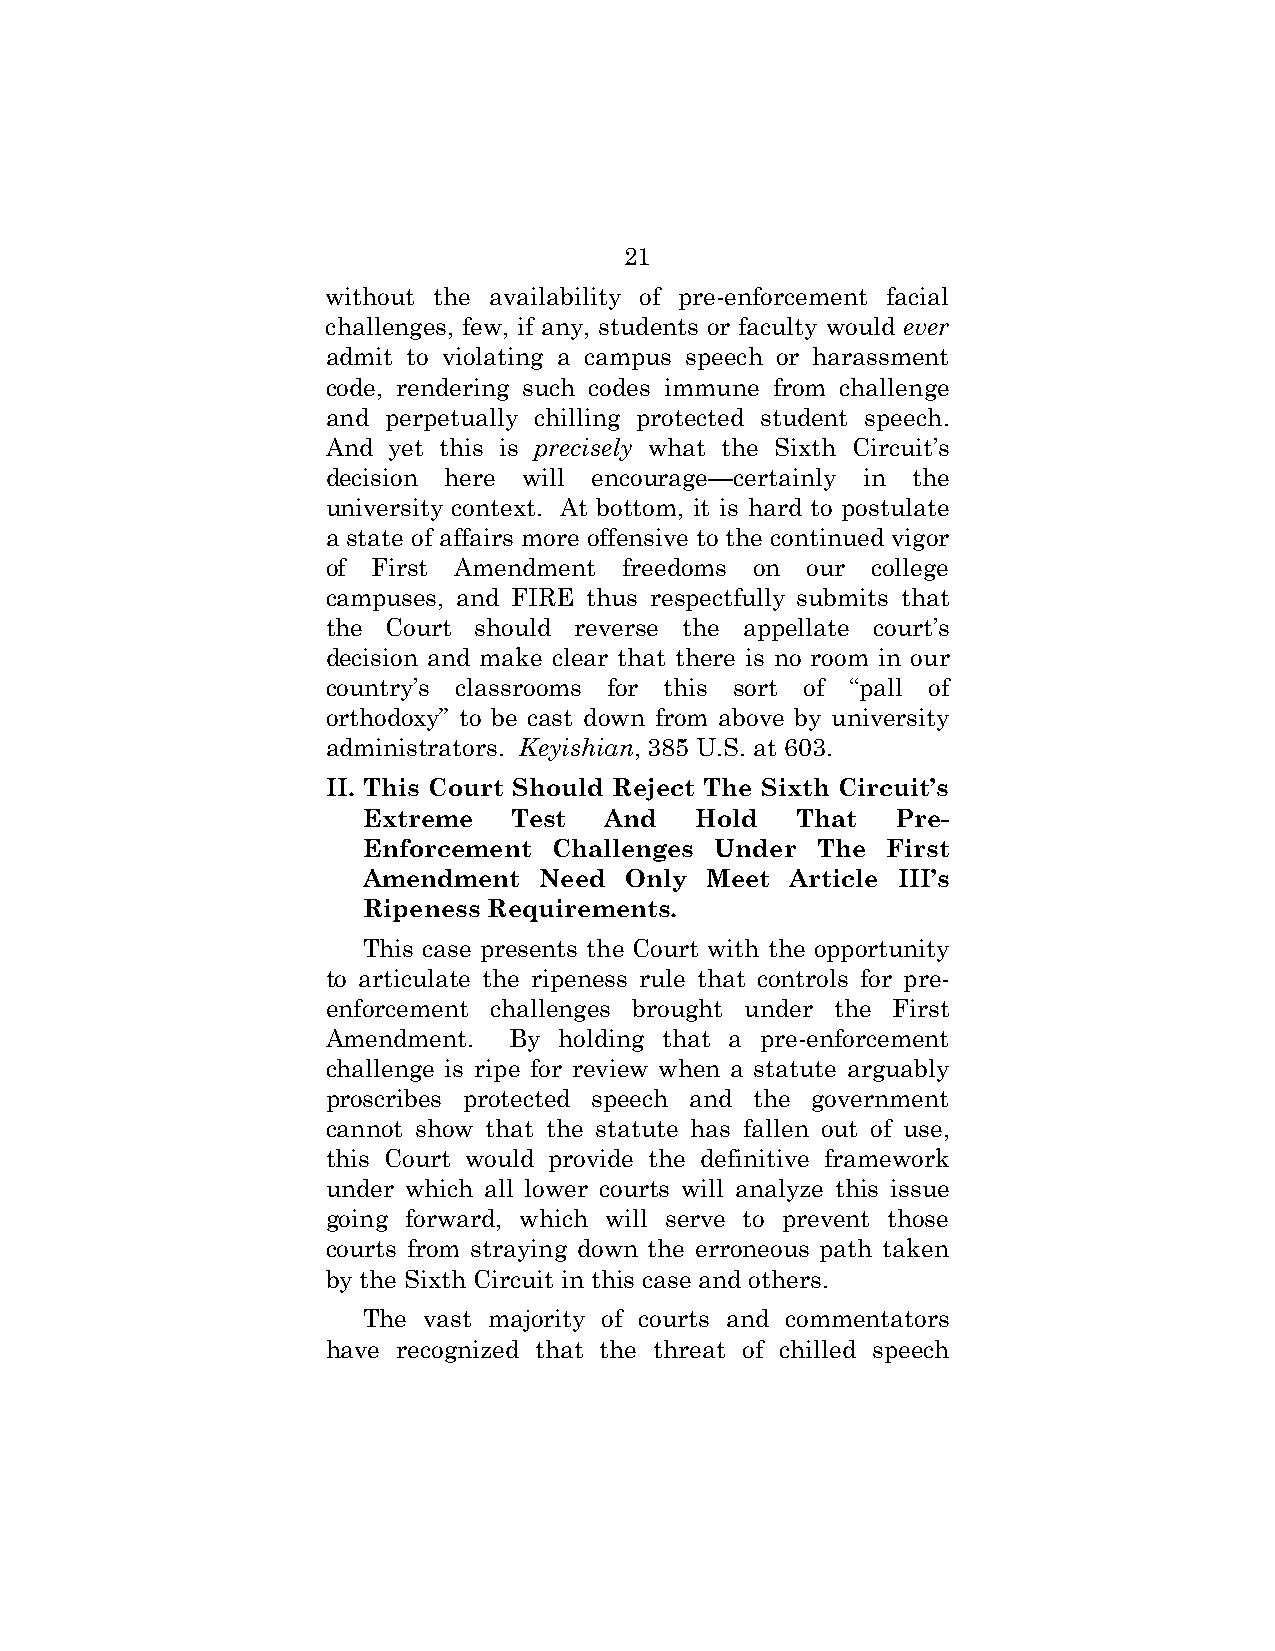
21
 without the availability of pre-enforcement facial
 challenges, few, if any, students or faculty would ever
 admit to violating a campus speech or harassment
 code, rendering such codes immune from challenge
 and perpetually chilling protected student speech.
 And yet this is precisely what the Sixth Circuit’s
 decision here will encourage—certainly in the
 university context. At bottom, it is hard to postulate
 a state of affairs more offensive to the continued vigor
 of First Amendment freedoms on our  college
 campuses, and FIRE thus respectfully submits that
 the Court should reverse the appellate court’s
 decision and make clear that there is no room in our
 country’s classrooms for this sort of “pall of
 orthodoxy” to be cast down from above by university
 administrators. Keyishian, 385 U.S. at 603.
 II. This Court Should Reject The Sixth Circuit’s
 Extreme   Test  And   Hold   That  Pre-
 Enforcement  Challenges Under The  First
 Amendment   Need Only  Meet Article III’s
 Ripeness Requirements.
 This case presents the Court with the opportunity
 to articulate the ripeness rule that controls for pre-
 enforcement challenges brought under the First
 Amendment.  By holding that a pre-enforcement
 challenge is ripe for review when a statute arguably
 proscribes protected speech and the government
 cannot show that the statute has fallen out of use,
 this Court would provide the definitive framework
 under which all lower courts will analyze this issue
 going forward, which will serve to prevent those
 courts from straying down the erroneous path taken
 by the Sixth Circuit in this case and others.
 The vast majority of courts and commentators
 have recognized that the threat of chilled speech